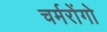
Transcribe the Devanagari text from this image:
चर्मरोंगो